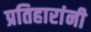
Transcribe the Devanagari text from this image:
प्रतिहारांनी